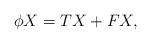
LaTeX: \begin{align*} \phi X=TX+FX,\end{align*}